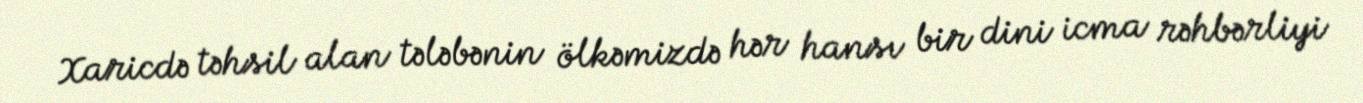
Xaricdə təhsil alan tələbənin ölkəmizdə hər hansı bir dini icma rəhbərliyi